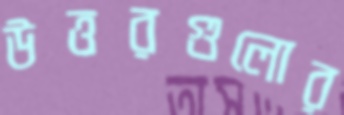
উত্তরগুলোর